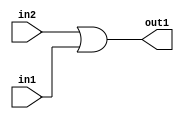
`timescale 1ps / 1ps
/*****************************************************************************
    Verilog RTL Description
    
    
    Created by: Stratus DpOpt 2019.1.01 
*******************************************************************************/

module SobelFilter_Or_1Ux1U_1U_4 (
	in2,
	in1,
	out1
	); /* architecture "behavioural" */ 
input  in2,
	in1;
output  out1;
wire  asc001;

assign asc001 = 
	(in2)
	|(in1);

assign out1 = asc001;
endmodule

/* CADENCE  urfyQww= : u9/ySgnWtBlWxVPRXgAZ4Og= ** DO NOT EDIT THIS LINE ******/